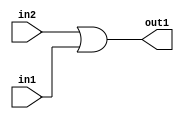
`timescale 1ps / 1ps
/*****************************************************************************
    Verilog RTL Description
    
    
    Created by: Stratus DpOpt 2019.1.01 
*******************************************************************************/

module SobelFilter_Or_1Ux1U_1U_4 (
	in2,
	in1,
	out1
	); /* architecture "behavioural" */ 
input  in2,
	in1;
output  out1;
wire  asc001;

assign asc001 = 
	(in2)
	|(in1);

assign out1 = asc001;
endmodule

/* CADENCE  urfyQww= : u9/ySgnWtBlWxVPRXgAZ4Og= ** DO NOT EDIT THIS LINE ******/